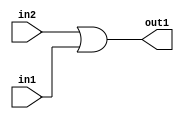
`timescale 1ps / 1ps
/*****************************************************************************
    Verilog RTL Description
    
    
    Created by: Stratus DpOpt 2019.1.01 
*******************************************************************************/

module SobelFilter_Or_1Ux1U_1U_4 (
	in2,
	in1,
	out1
	); /* architecture "behavioural" */ 
input  in2,
	in1;
output  out1;
wire  asc001;

assign asc001 = 
	(in2)
	|(in1);

assign out1 = asc001;
endmodule

/* CADENCE  urfyQww= : u9/ySgnWtBlWxVPRXgAZ4Og= ** DO NOT EDIT THIS LINE ******/